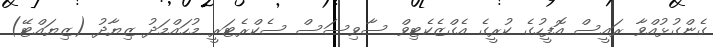
ގެންގުޅުއްވާ ރައީސް އޮފީހުގެ ކުރީގެ އެގްޒެކެޓިވް ސާވިސަސް ސެކްރެޓަރީ މުހައްމަދު ޒިޔާދު (ޒިޔައްޓޭ)